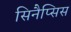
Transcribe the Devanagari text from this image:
सिनैप्सिस